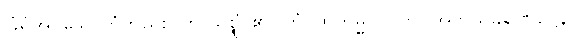
ခြံရံအပ်သောကံတည်း။ ဟိ သစ္စွံ၊ ၏။ တံ၊ ထိုကမ္မဘဝကို။ အဘိသင်္ခရဏဋ္ဌေန၊